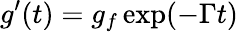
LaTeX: g^{\prime}(t)=g_{f}\exp(-\Gamma t)